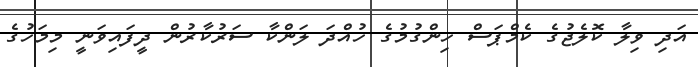
އަދި ވިލާ ކޮލެޖުގެ ކެމްޕަސް ހިންގުމުގެ ހުއްދަ ލަންކާ ސަރުކާރުން ދީފައިވަނީ މިމަހުގެ